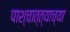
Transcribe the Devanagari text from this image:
पाश्चात्त्याच्या